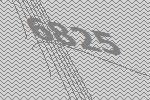
6825